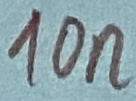
Text: 10n